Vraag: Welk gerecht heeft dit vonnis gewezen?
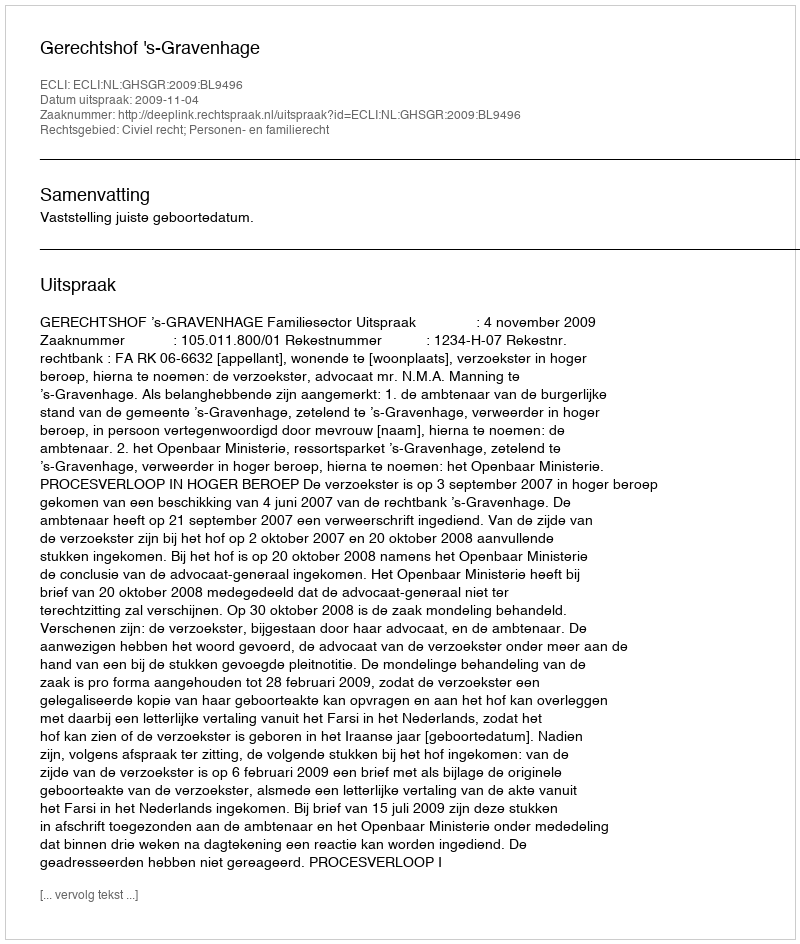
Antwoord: Gerechtshof 's-Gravenhage